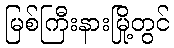
မြစ်ကြီးနားမြို့တွင်